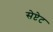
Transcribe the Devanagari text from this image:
सेप्टेट